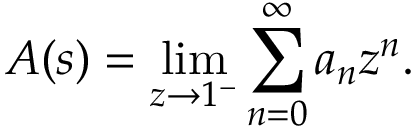
A ( s ) = \operatorname* { l i m } _ { z \rightarrow 1 ^ { - } } \sum _ { n = 0 } ^ { \infty } a _ { n } z ^ { n } .